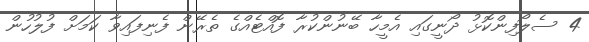
4 ސެލޯފިންކޮޅު ދޯނީގައި އެމީހާ ބޭނުންކުރާ ފޮއްޓެއްގެ ތެރޭން ފެނިފައިވާ ކަމަށް ފުލުހުން